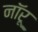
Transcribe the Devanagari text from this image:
नॉरू